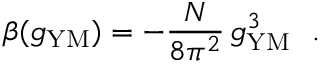
\beta ( g _ { \mathrm { Y M } } ) = - \frac { N } { 8 \pi ^ { 2 } } \, g _ { \mathrm { Y M } } ^ { 3 } ~ ~ .